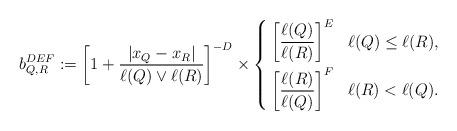
LaTeX: \begin{align*}b_{Q,R}^{DEF}:=\left[1+\frac{|x_Q-x_R|}{\ell(Q)\vee\ell(R)}\right]^{-D}\times\left\{\begin{aligned}&\left[\frac{\ell(Q)}{\ell(R)}\right]^E&&\ell(Q)\leq\ell(R),\\&\left[\frac{\ell(R)}{\ell(Q)}\right]^F&&\ell(R)<\ell(Q).\end{aligned}\right.\end{align*}